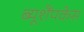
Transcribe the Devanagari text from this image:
ब्यूशैंपकेस